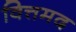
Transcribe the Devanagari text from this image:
वित्तमद